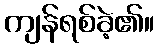
ကျန်ရစ်ခဲ့၏။